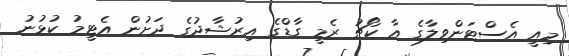
މިއީ އެސްޓަންވިލާގެ އާ ކޯޗު ރެމީ ގާޑްގެ އިރުޝާދުގެ ދަށުން އެޓީމު ކުޅުނު